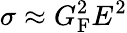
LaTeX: \sigma\approx G_{\mathrm{{F}}}^{2}E^{2}